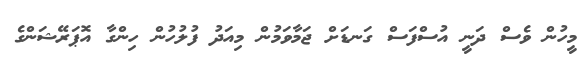
މީހުން ވެސް ދަނީ އުސްފަސް ގަނޑަށް ޖަމާވަމުން މިއަދު ފުލުހުން ހިންގާ އޮޕަރޭޝަންގެ